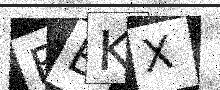
Text: FBKX